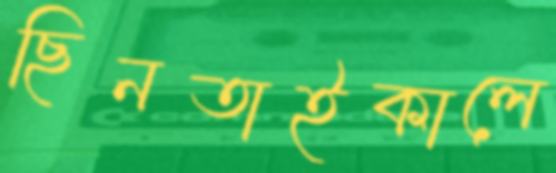
ছিনতাইকালে